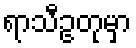
ရာသီဥတုမှာ